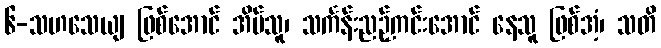
၆-သဟသေယျ ဖြစ်အောင် အိပ်သူ၊ သင်္ကန်းညဉ့်ကင်းအောင် နေသူ ဖြစ်အံ့၊ သတိ